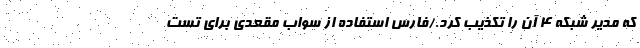
که مدیر شبکه ۴ آن را تکذیب کرد./فارس استفاده از سواب مقعدی برای تست